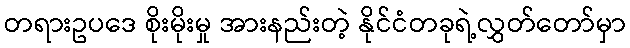
တရားဥပဒေ စိုးမိုးမှု အားနည်းတဲ့ နိုင်ငံတခုရဲ့လွှတ်တော်မှာ